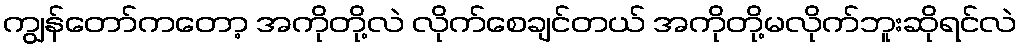
ကျွန်တော်ကတော့ အကိုတို့လဲ လိုက်စေချင်တယ် အကိုတို့မလိုက်ဘူးဆိုရင်လဲ